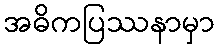
အဓိကပြဿနာမှာ